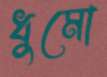
ধুমো